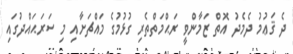
ދެ ޤަޢުމު ދެމެދު އޮތް ޒަމާންވީ ރަޙްމަތްތެރި ގުޅުމުގެ މައްޗަށާއި މި ސަރަޙައްދުގައި